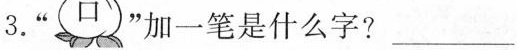
3.” 口”加一笔是什么字?___